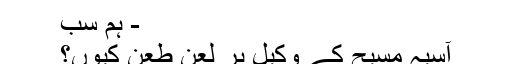
- ہم سب
آسیہ مسیح کے وکیل پر لعن طعن کیوں؟